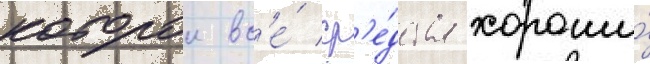
которои вс'е́ ср'е́дства хороши́